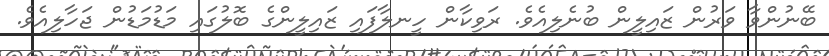
ބޭނުންވާ ވަރުން ޒައިލީން ބުނެލިއެވެ. ރަވިކާން ހީނލާފައި ޒައިލީންގެ ބޮލުގައި މަޑުމަޑުން ޖަހާލިއެވެ.